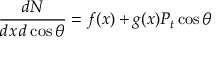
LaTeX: \frac { d N } { d x \, d \cos \theta } = f ( x ) + g ( x ) P _ { t } \cos \theta